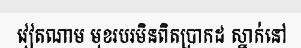
វៀតណាម មុខរបរមិនពិតប្រាកដ ស្នាក់នៅ